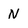
Character: N